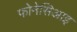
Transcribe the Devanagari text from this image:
फोनेसिआइ